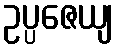
ဥပ္ပဇေယျ